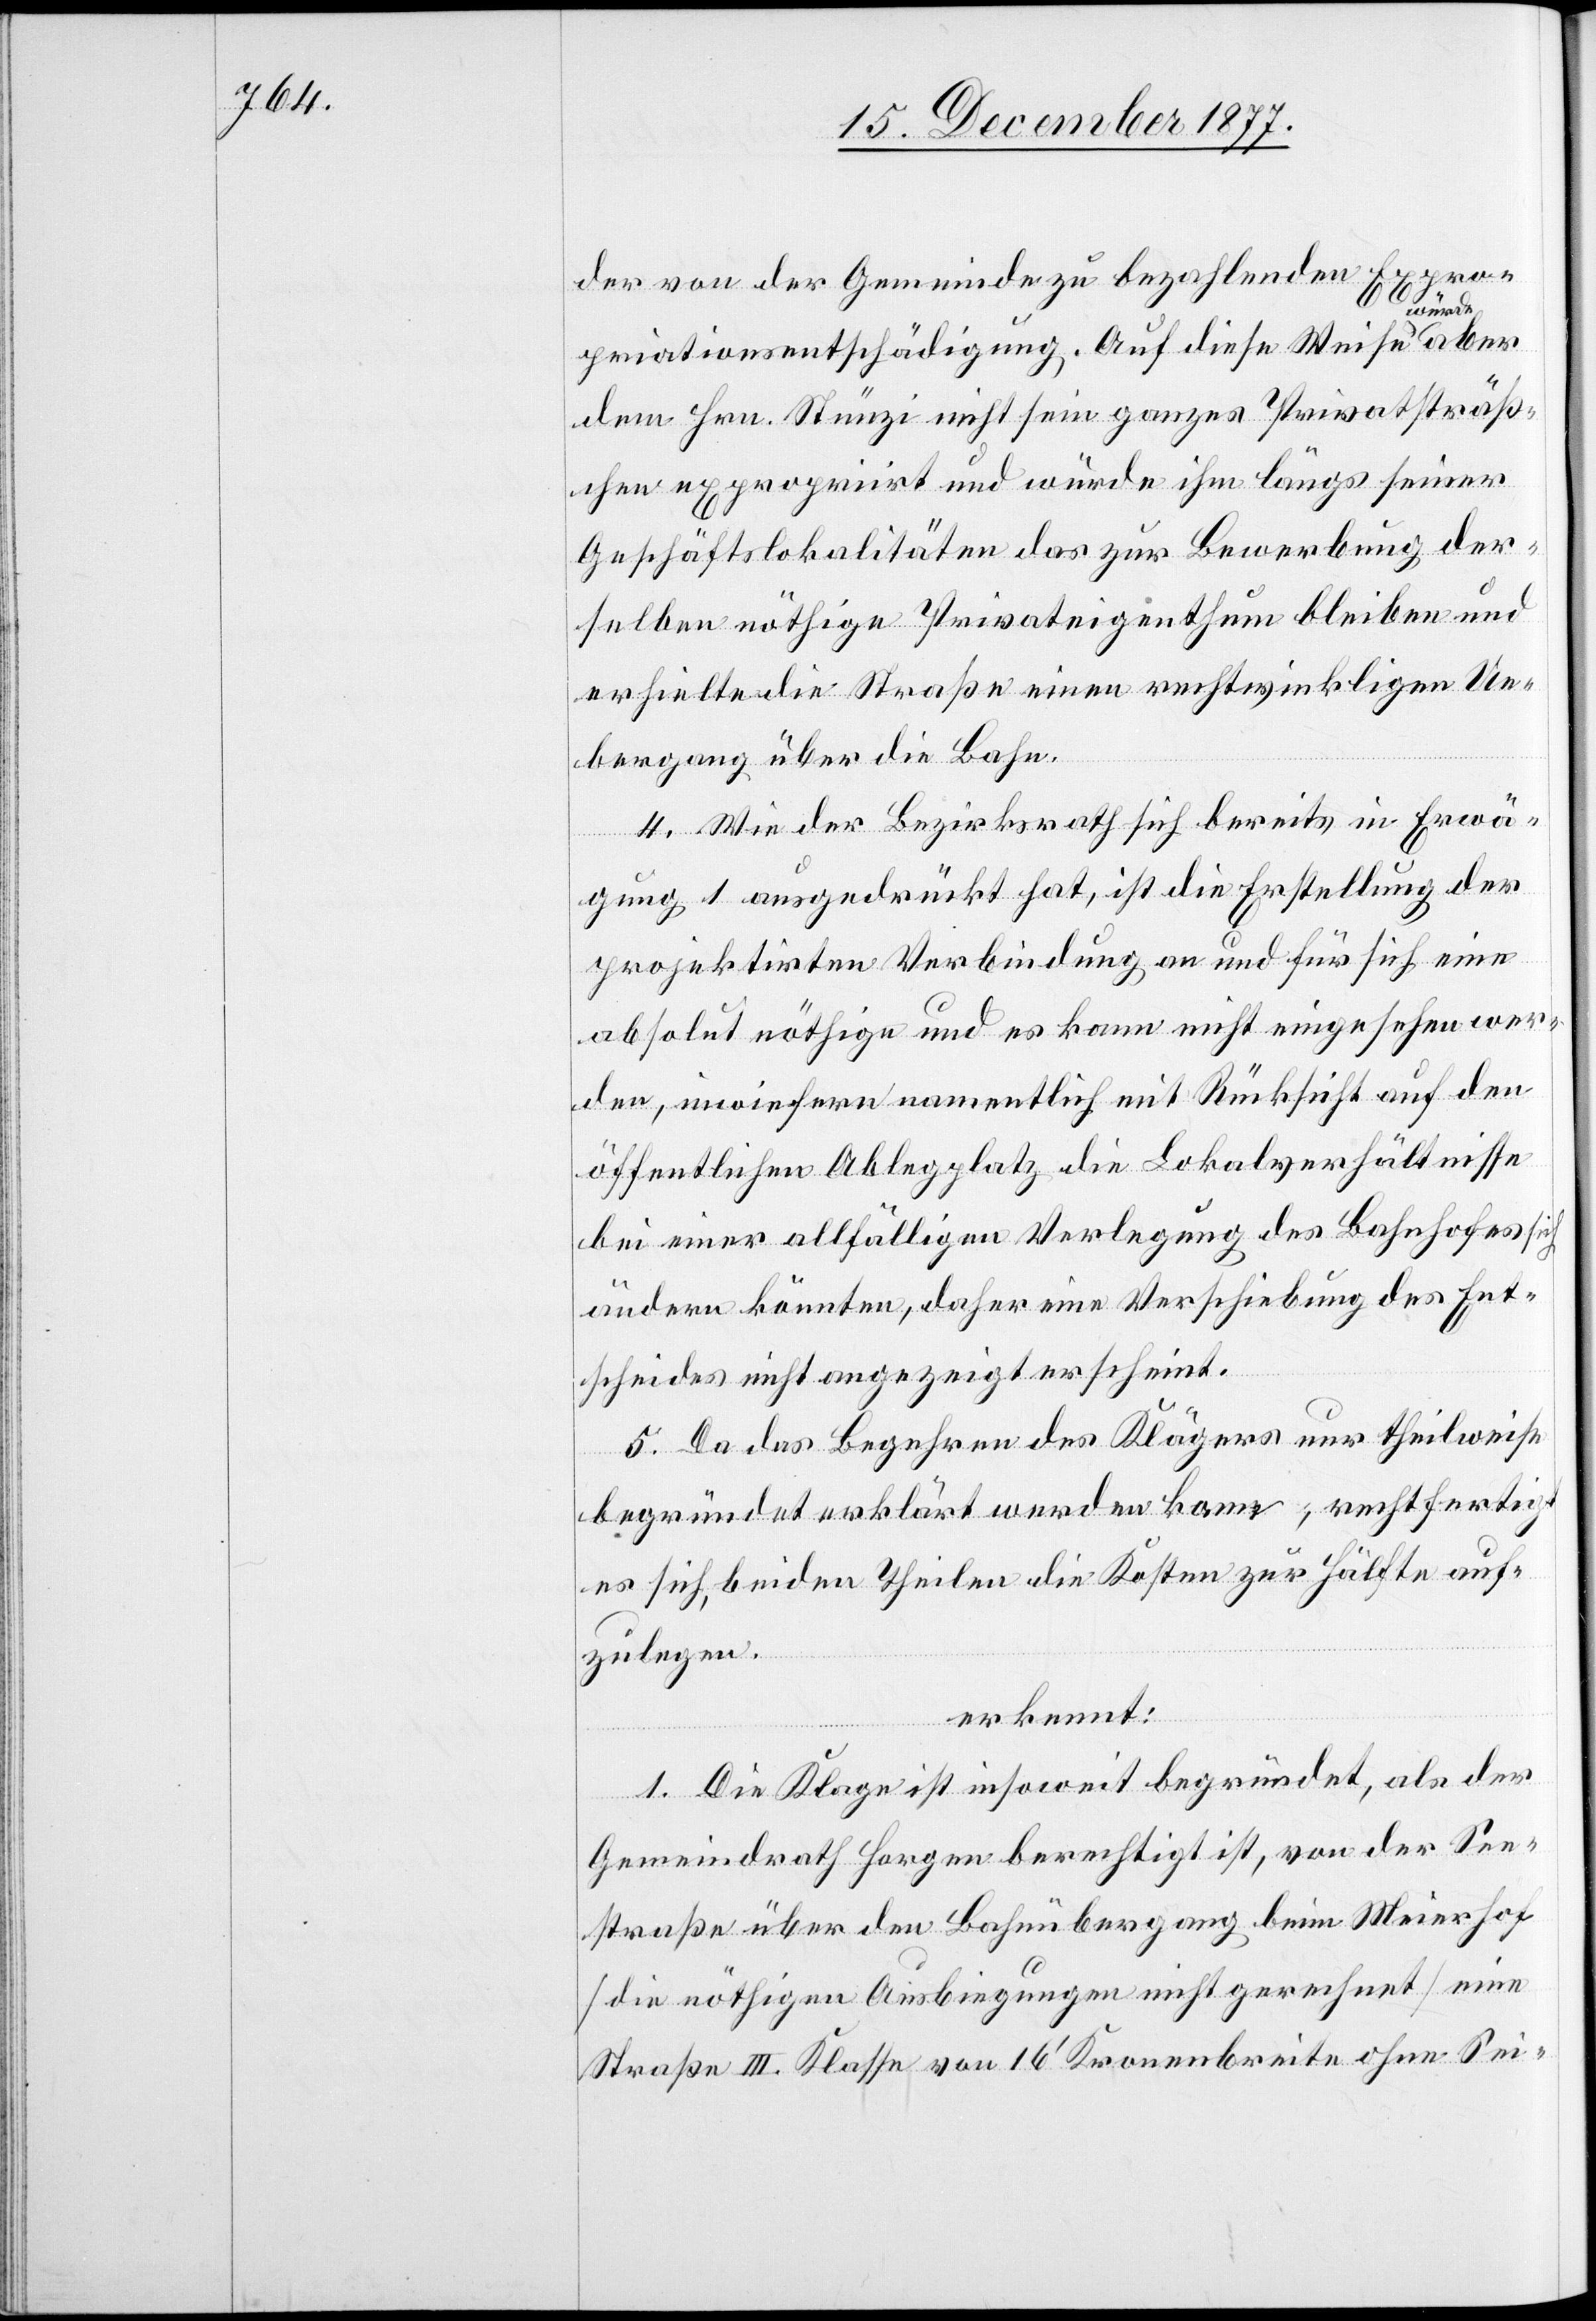
der von der Gemeinde zu bezahlenden Expro¬
priationsentschädigung. Auf diese Weise würde
dem Hrn. Stünzi nicht sein ganzes Privatsträß¬
chen expropriirt und würde ihm längs seiner
Geschäftslokalitäten das zur Bewerbung der¬
selben nöthige Privateigenthum bleiben und
erhielte die Straße einen rechtwinkligen Ue¬
bergang über die Bahn.
4. Wie der Bezirksrath sich bereits in Erwä¬
gung 1 ausgedrückt hat, ist die Erstellung der
projektirten Verbindung an und für sich eine
absolut nöthige und es kann nicht eingesehen wer¬
den, inwiefern namentlich mit Rücksicht auf den
öffentlichen Ablegplatz die Lokalverhältnisse
bei einer allfälligen Verlegung des Bahnhofes sich
ändern könnten, daher eine Verschiebung des Ent¬
scheides nicht angezeigt erscheint.
5. Da das Begehren des Klägers nur theilweise
begründet erklärt werden kann, rechtfertigt
es sich, beiden Theilen die Kosten zur Hälfte auf¬
zulegen.
erkennt:
1. Die Klage ist insoweit begründet, als der
Gemeindrath Horgen berechtigt ist, von der See¬
straße über den Bahnübergang beim Meierhof
[die nöthigen Ausbiegungen nicht gerechnet] eine
Straße III. Klasse von 16‘ Kronenbreite ohne Sei-